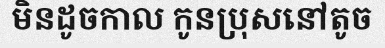
មិនដូចកាល កូនប្រុសនៅតូច